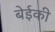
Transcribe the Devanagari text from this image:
बेईकी